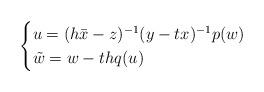
LaTeX: \begin{align*}\begin{cases}u = (h\bar{x}-z)^{-1}(y-tx)^{-1}p(w)\\\tilde{w} = w - thq(u)\end{cases}\end{align*}